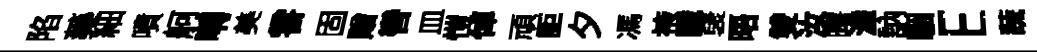
陷藥細噴舸囀美甞固贈轡皿愷倬頑詎夕馮掖識裦晤雙汝曙溘訥駰E蔬